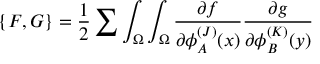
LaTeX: \{ F , G \} = { \frac { 1 } { 2 } } \sum \int _ { \Omega } \int _ { \Omega } { \frac { \partial f } { \partial \phi _ { A } ^ { ( J ) } ( x ) } } { \frac { \partial g } { \partial \phi _ { B } ^ { ( K ) } ( y ) } }